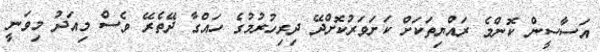
އަސާސީން ކޮންމެ ރައްޔިތަކަށް ކަށަވަރުކޮށްދޭ ދިރިހުރުމުގެ ހައްގާ ދޭތެރޭ ވެސް މިއަދު މިވަނީ